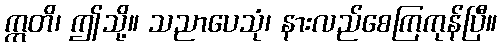
ဣတိ၊ ဤသို့။ သညာပေသုံ၊ နားလည်စေကြကုန်ပြီ။